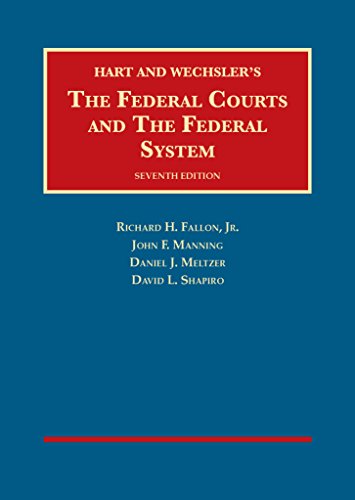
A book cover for The Federal Courts and The Federal System (University Casebook Series); Richard Fallon Jr; Law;